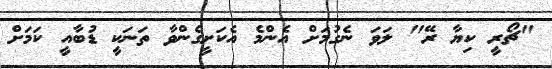
"ޗޯރީ ކިޔާ ރޭ" ލަވަ ނެގުމަށް އެންމެ އެކަށީގެންވާ ތަނަކީ ޑުބާއީ ކަމަށް